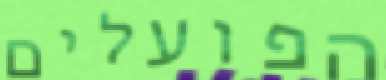
הפועלים